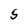
Character: S